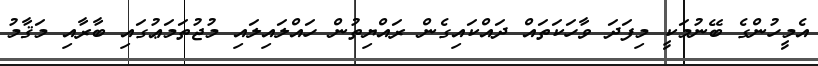
އެމީހުންގެ ބޭނުމަކީ މިފަދަ ވާހަކަތައް ދައްކައިގެން ރައްޔިތުން ހައްލައިލައި މުޖުތަމަޢުގައި ބާރާއި މަޤާމު